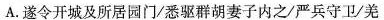
A. 遂令开城及所居园门/悉驱群胡妻子内之/严兵守卫/羌